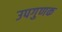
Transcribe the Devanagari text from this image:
उपगुणक